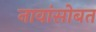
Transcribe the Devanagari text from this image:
नावांसोबत